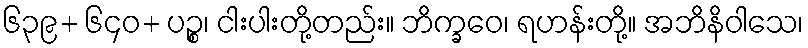
၆၃၉+ ၆၄၀+ ပဉ္စ၊ ငါးပါးတို့တည်း။ ဘိက္ခဝေ၊ ရဟန်းတို့။ အဘိနိဝါသေ၊